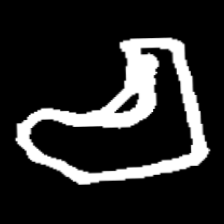
Pyu character \u2014 Myanmar letter: စ (romanized: ca)